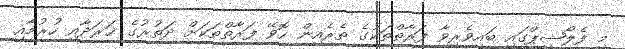
މި ފެލޯޝިޕްގައި ބައިވެރިވާ ފަރާތްތަކުގެ ތެރެއިން ހޮވޭ ފަރާތްތަކަށް ދަތުރުގެ ޚަރަދާއި ހުރުމާއި